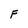
Character: F